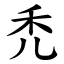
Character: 禿